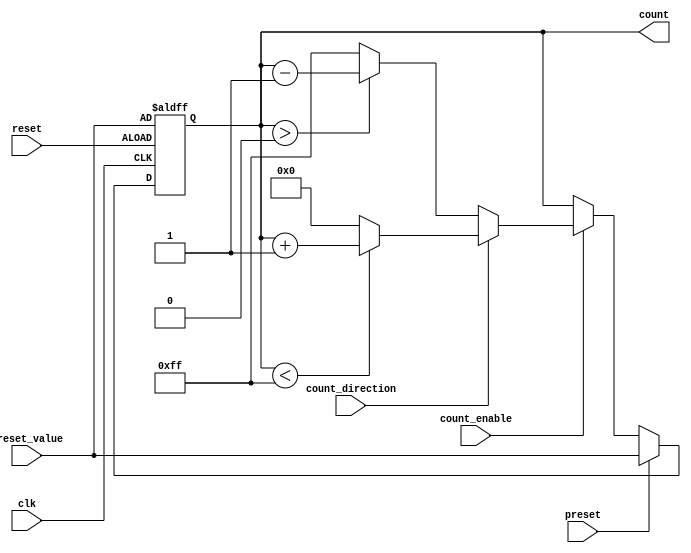
module presettable_counter #(
    parameter WIDTH = 8,               // Bit-width of the counter
    parameter MAX_VALUE = 255,         // Maximum value for up-counting
    parameter MIN_VALUE = 0             // Minimum value for down-counting
)(
    input wire clk,                     // Clock signal
    input wire reset,                   // Asynchronous reset signal
    input wire preset,                  // Preset signal
    input wire [WIDTH-1:0] preset_value,// Value to preset the counter
    input wire count_enable,            // Enable counting operation
    input wire count_direction,         // 1 for up-counting, 0 for down-counting
    output reg [WIDTH-1:0] count       // Current count value
);

    // Asynchronous reset and preset logic
    always @(posedge clk or posedge reset) begin
        if (reset) begin
            count <= preset_value;       // Reset to preset value
        end else if (preset) begin
            count <= preset_value;       // Load new preset value
        end else if (count_enable) begin
            if (count_direction) begin
                // Up-counting
                if (count < MAX_VALUE) begin
                    count <= count + 1;   // Increment count
                end else begin
                    count <= MIN_VALUE;    // Wrap around to minimum
                end
            end else begin
                // Down-counting
                if (count > MIN_VALUE) begin
                    count <= count - 1;   // Decrement count
                end else begin
                    count <= MAX_VALUE;    // Wrap around to maximum
                end
            end
        end
    end

endmodule